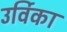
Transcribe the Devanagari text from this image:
उर्विका